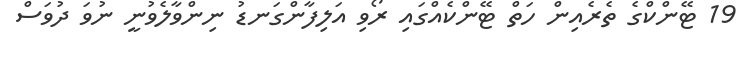
19 ޓޭންކްގެ ތެރެއިން ހަތް ޓޭންކެއްގައި ރޯވި އަލިފާންގަނޑު ނިންވާލެވުނީ ނުވަ ދުވަސް